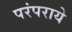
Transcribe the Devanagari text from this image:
परंपराये